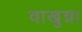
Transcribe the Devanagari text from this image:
वाखुन्ना